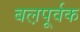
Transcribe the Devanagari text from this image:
बल़पूर्वक